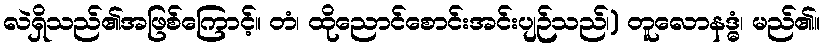
လဲရှိသည်၏အဖြစ်ကြောင့်။ တံ၊ ထိုညောင်စောင်းအင်းပျဉ်သည်၊) တူလောနဒ္ဓံ၊ မည်၏။